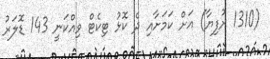
(1310 ރުފިޔާ) އަށް ކަމަށާއި ދެ ކޮޅު ޓިކެޓް ވިއްކަނީ 143 ޑޮލަރު